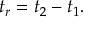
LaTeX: t _ { r } = t _ { 2 } - t _ { 1 } .